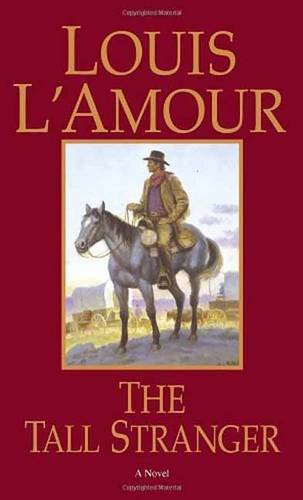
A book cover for The Tall Stranger: A Novel; Louis L'Amour; Literature & Fiction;